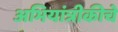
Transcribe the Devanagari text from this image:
अभियांत्रीकीचे